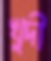
খুদী